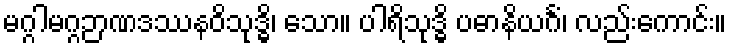
မဂ္ဂါမဂ္ဂဉာဏဒဿနဝိသုဒ္ဓိ၊ သော။ ပါရိသုဒ္ဓိ ပဓာနိယင်္ဂံ၊ လည်းကောင်း။